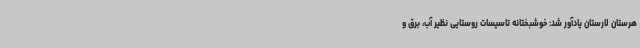
هرستان لارستان یادآور شد: خوشبختانه تاسیسات روستایی نظیر آب، برق و